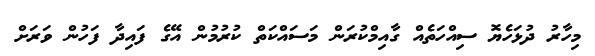
މިހާރު ދުޅަހެޔޮ ސިއްހަތެއް ގާއިމްކުރަން މަސައްކަތް ކުރުމުން އޭގެ ފައިދާ ފަހުން ވަރަށް